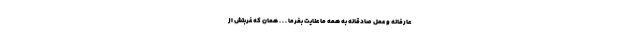
عارفانه و عمل صادقانه به همه ما عنایت بفرما . . . همان که غربتش از